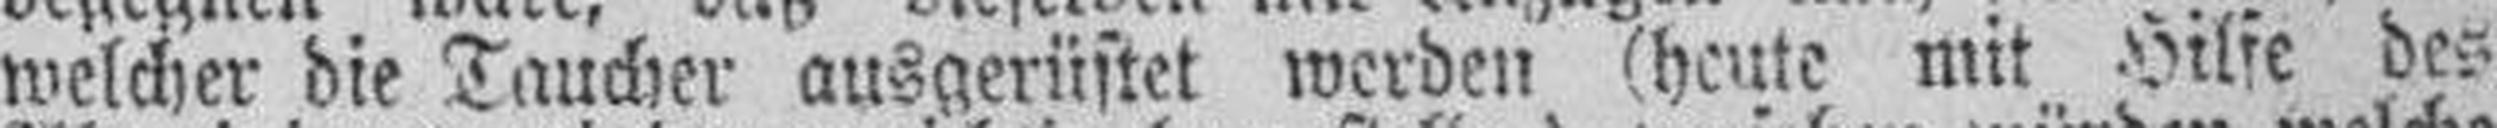
welcher die Taucher ausgerüstet werden (heute mit Hilfe des